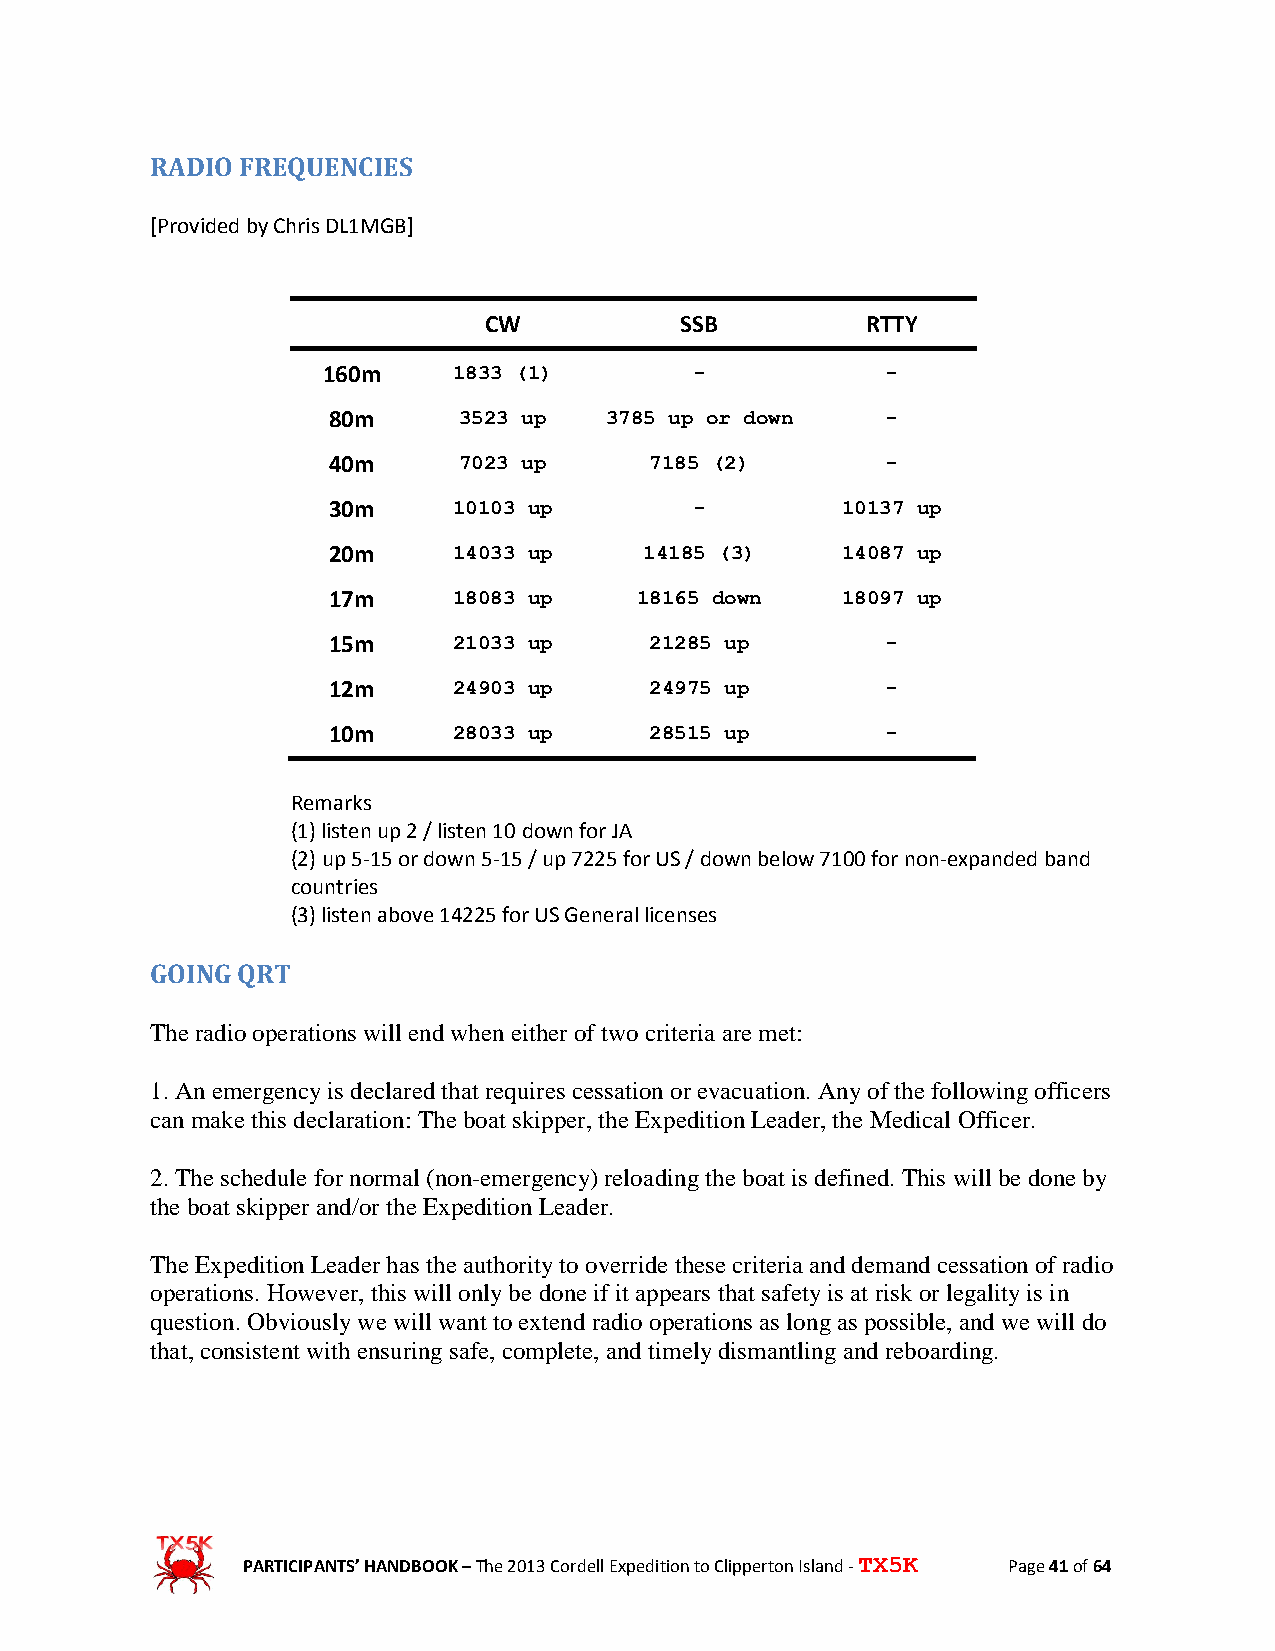
RADIO FREQUENCIES
 [Provided by Chris DL1MGB]
 CW           SSB         RTTY
 160m     1833 (1)        -            -
 80m     3523 up   3785 up or down    -
 40m     7023 up      7185 (2)        -
 30m     10103 up        -         10137 up
 20m     14033 up     14185 (3)    14087 up
 17m     18083 up    18165 down    18097 up
 15m     21033 up     21285 up        -
 12m     24903 up     24975 up        -
 10m     28033 up     28515 up        -
 Remarks
 (1) listen up 2 / listen 10 down for JA
 (2) up 5-15 or down 5-15 / up 7225 for US / down below 7100 for non-expanded band
 countries
 (3) listen above 14225 for US General licenses
 GOING QRT
 The radio operations will end when either of two criteria are met:
 1. An emergency is declared that requires cessation or evacuation. Any of the following officers
 can make this declaration: The boat skipper, the Expedition Leader, the Medical Officer.
 2. The schedule for normal (non-emergency) reloading the boat is defined. This will be done by
 the boat skipper and/or the Expedition Leader.
 The Expedition Leader has the authority to override these criteria and demand cessation of radio
 operations. However, this will only be done if it appears that safety is at risk or legality is in
 question. Obviously we will want to extend radio operations as long as possible, and we will do
 that, consistent with ensuring safe, complete, and timely dismantling and reboarding.
 PARTICIPANTS’ HANDBOOK – The 2013 Cordell Expedition to Clipperton Island - TX5K Page 41 of 64